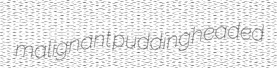
malignant puddingheaded